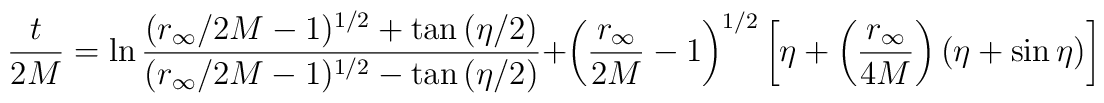
{t\over 2M} = \ln{(r_\infty/2M-1)^{1/2} + \tan{(\eta/2)} \over (r_\infty/2M-1)^{1/2} - \tan{(\eta/2)}} + \left({r_\infty\over 2M}-1\right)^{1/2}\left[\eta + \left({r_\infty\over 4M}\right)(\eta +\sin \eta)\right]